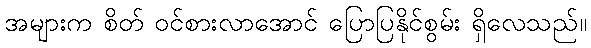
အများက စိတ် ဝင်စားလာအောင် ပြောပြနိုင်စွမ်း ရှိလေသည်။